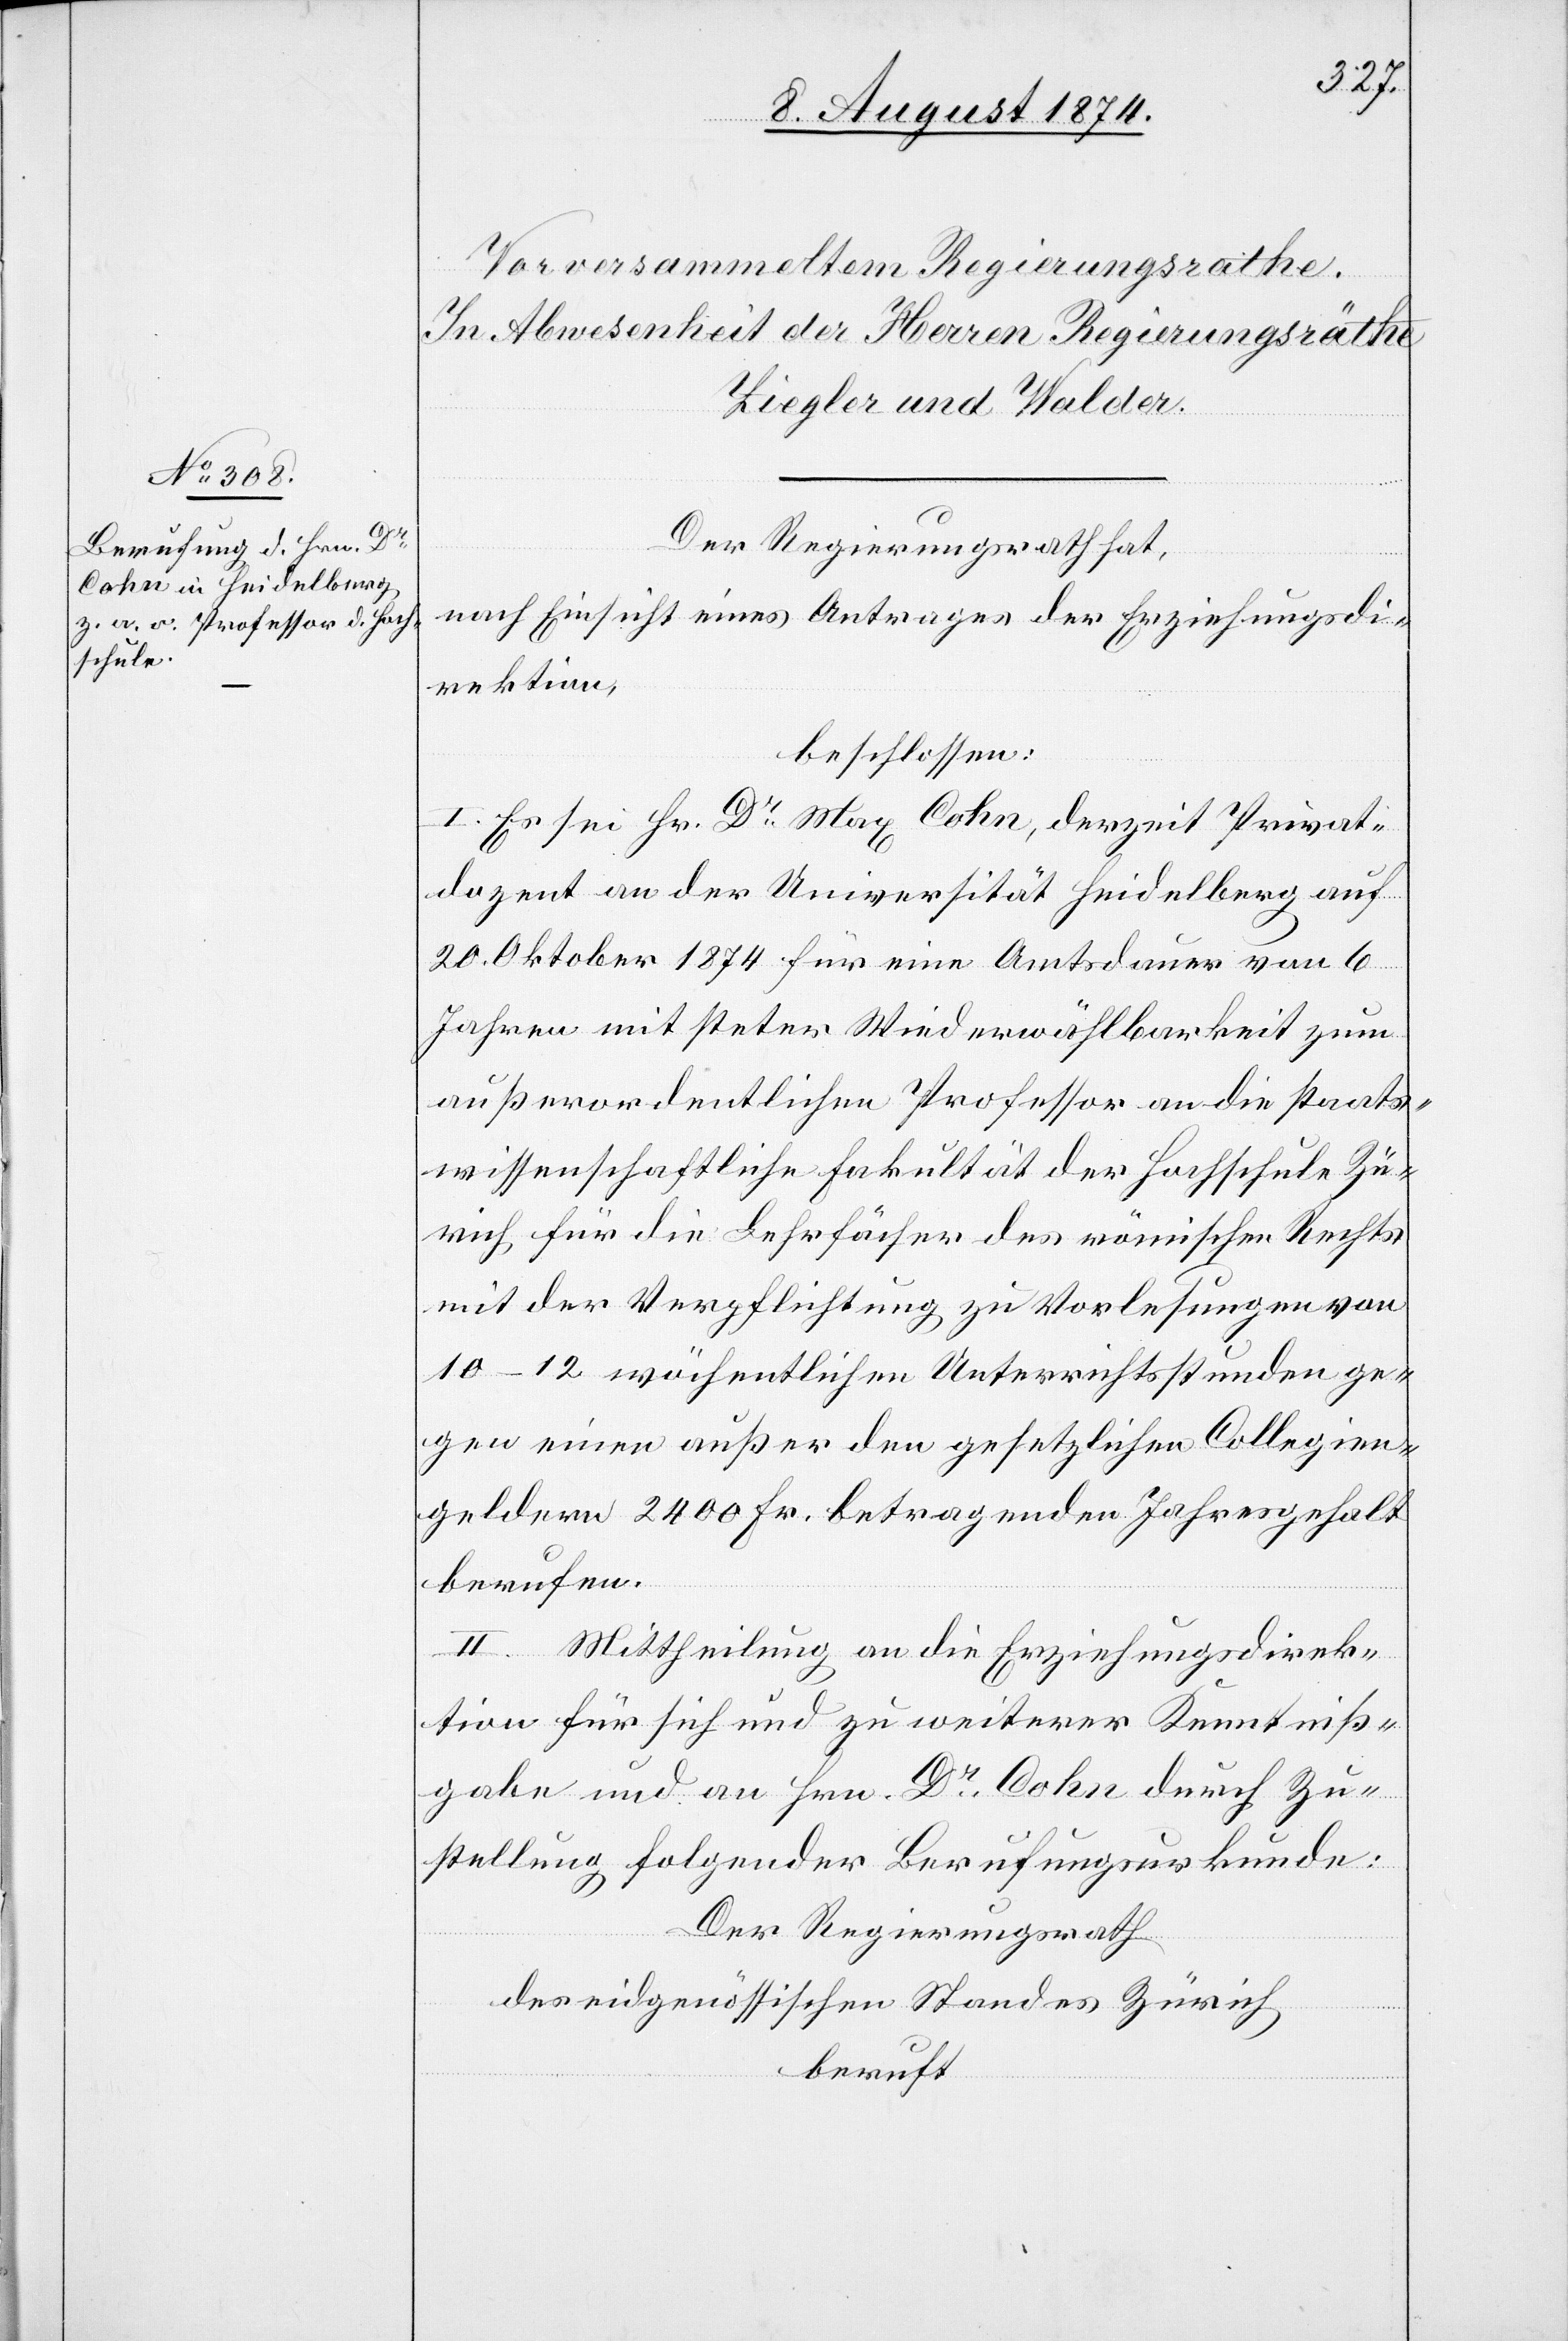
Der Regierungsrath hat,
nach Einsicht eines Antrages der Erziehungsdi¬
rektion,
beschlossen:
I. Es sei Hr. Dr Max Cohn, derzeit Privat¬
dozent an der Universität Heidelberg auf
20. Oktober 1874 für eine Amtsdauer von 6
Jahren mit steter Wiederwählbarkeit zum
außerordentlichen Professor an die staats¬
wissenschaftliche Fakultät der Hochschule Zü¬
rich für die Lehrfächer des römischen Rechts
mit der Verpflichtung zu Vorlesungen von
10 12 wöchentlichen Unterrichtsstunden ge¬
gen einen außer den gesetzlichen Collegien¬
geldern 2400 Fr. betragenden Jahresgehalt
berufen.
II. Mittheilung an die Erziehungsdirek¬
tion für sich und zu weiterer Kenntniß¬
gabe und an Hrn. Dr Cohn durch Zu¬
stellung folgender Berufungsurkunde:
Der Regierungsrath
des eidgenössischen Standes Zürich
beruft